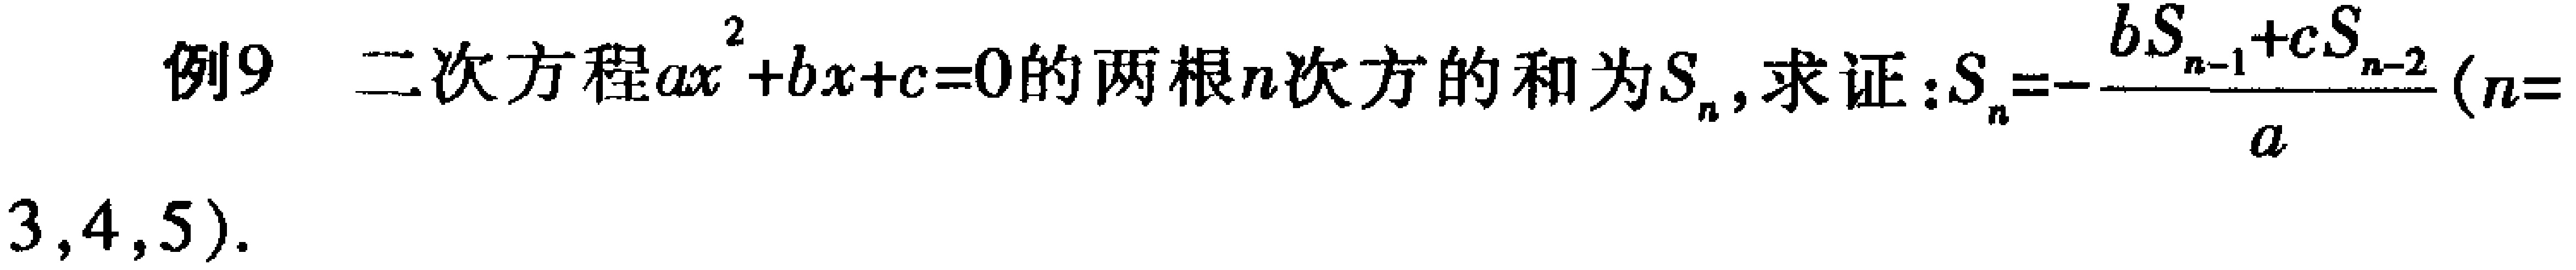
例9 二次方程\(ax^{2}+bx + c = 0\)的两根\(n\)次方的和为\(S_{n}\), 求证：\(S_{n}=-\frac{bS_{n - 1}+cS_{n - 2}}{a}(n = 3,4,5)\).